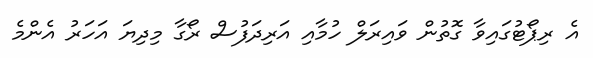
އެ ރިޕޯޓުގައިވާ ގޮތުން ވައިރަލް ހުމާއި އަރިދަފުސް ރޯގާ މިދިޔަ އަހަރު އެންމެ